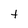
Character: t